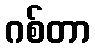
ဂစ်တာ